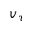
v _ { \tau }